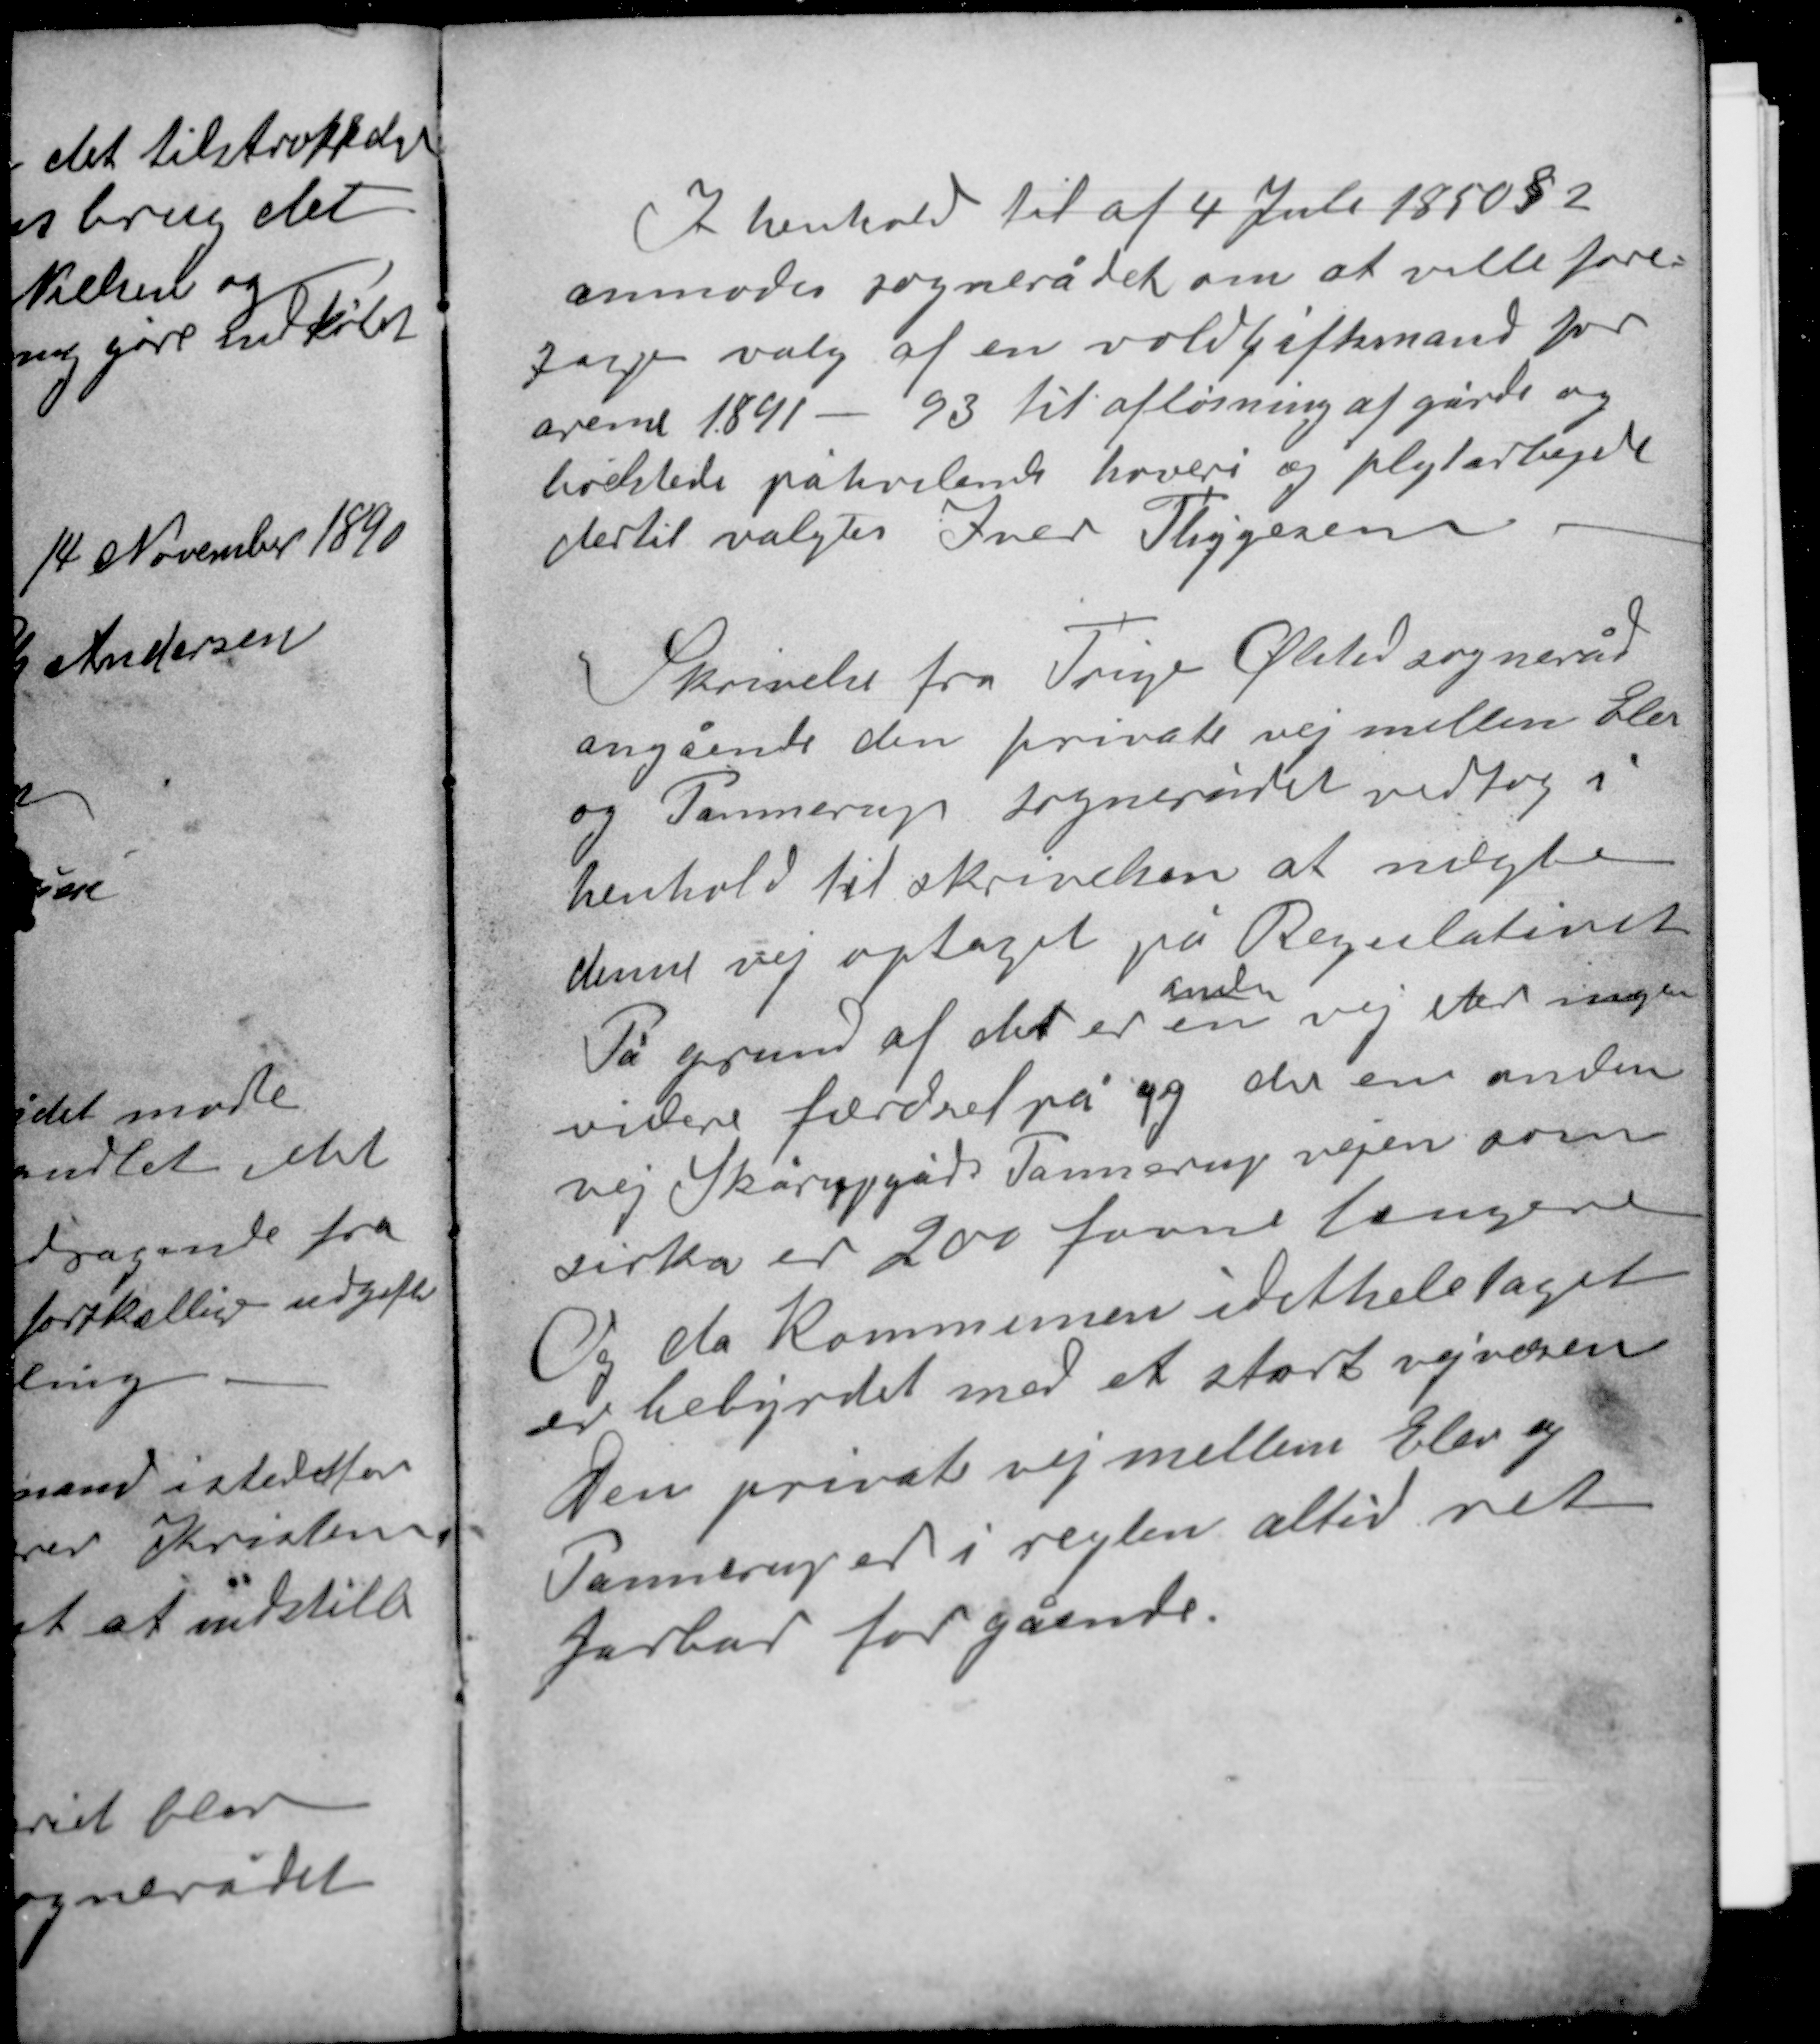
Transskription:
I henhold til af 4 Juli 1850 § 2
anmoder sognerådet om at ville fore-
tage valg af en voldgiftsmand for
årene 1891 - 93 til afløsning af gårde og
boelsteder påhvilende hoveri og pligtarbejde
dertil valgtes Iver Thygesen.

Skrivelse fra Trige Ølsted sogneråd
angående den private vej mellem Elev
og Pannerup sognerådet vedtog i
henhold til skrivelsen at nægte
denne vej optaget på Regulativet
anden
På grund af det er en vej der ingen
videre færdsel på og der en anden
vej Skårupgård Pannerup vejen som
cirka er 200 favne længere
Og da Kommunen idethele taget
er bebyrdet med et stort vejvæsen
Den private vej mellem Elev og
Pannerup er i reglen altid ret
farbar for gående.